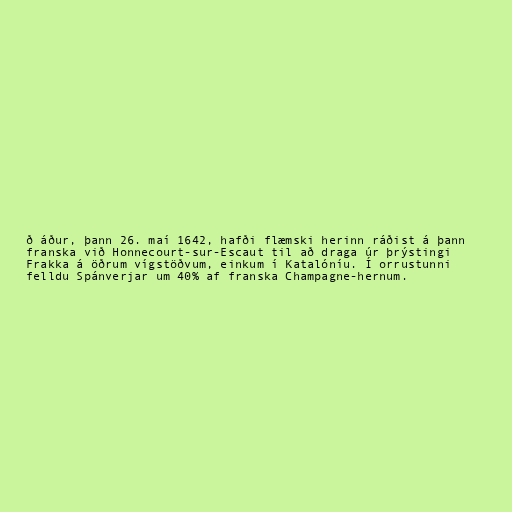
ð áður, þann 26. maí 1642, hafði flæmski herinn ráðist á þann
franska við Honnecourt-sur-Escaut til að draga úr þrýstingi
Frakka á öðrum vígstöðvum, einkum í Katalóníu. Í orrustunni
felldu Spánverjar um 40% af franska Champagne-hernum.